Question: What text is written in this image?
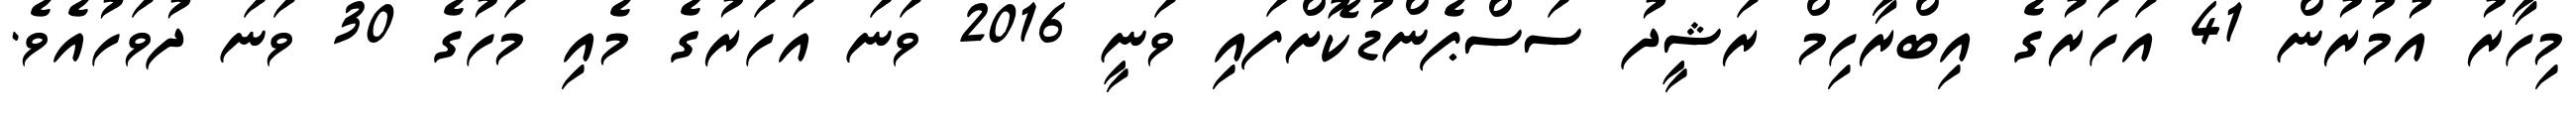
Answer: މިހާރު އުމުރުން 41 އަހަރުގެ އިބްރާހިމް ރަޝީދު ސަސްޕެންޑުކޮށްފައި ވަނީ 2016 ވަނަ އަހަރުގެ މެއި މަހުގެ 30 ވަނަ ދުވަހުއެވެ.